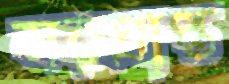
সরপ্রাপ্ত